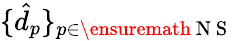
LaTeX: \{ \hat{d}_{p}\} _{p\in\ensuremath{\mathrm{~N~S~}}}